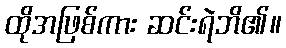
ထိုအဖြစ်ကား ဆင်းရဲဘိ၏။